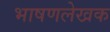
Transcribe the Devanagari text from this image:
भाषणलेखक